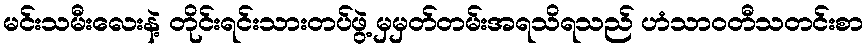
မင်းသမီးလေးနဲ့ တိုင်းရင်းသားတပ်ဖွဲ့ မှမှတ်တမ်းအရသိရသည် ဟံသာဝတီသတင်းစာ